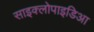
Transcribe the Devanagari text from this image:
साइक्लोपाइडिआ